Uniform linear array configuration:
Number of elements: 64
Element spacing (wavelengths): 1
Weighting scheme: hamming
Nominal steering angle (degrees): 30
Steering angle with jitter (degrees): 29.086
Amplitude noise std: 0.05
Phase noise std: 0.05

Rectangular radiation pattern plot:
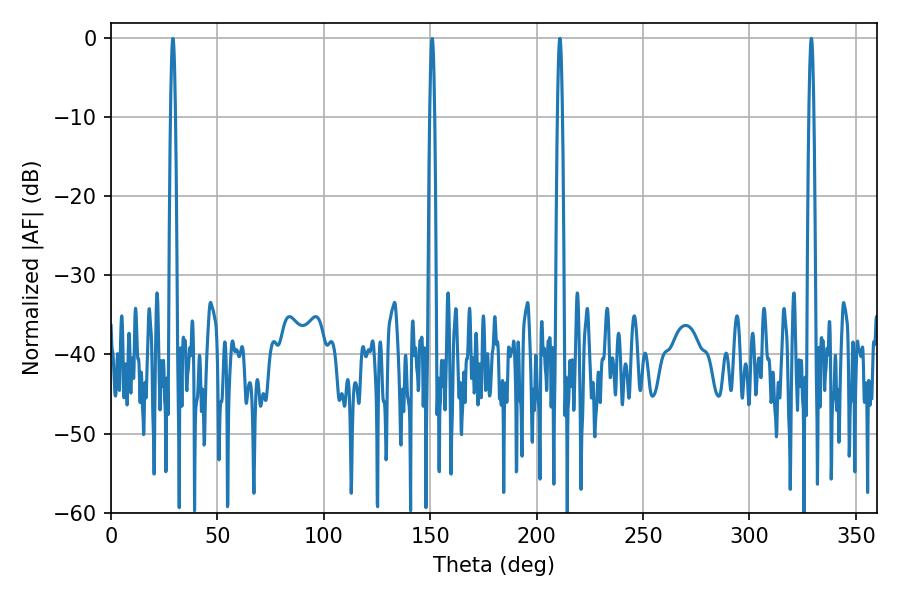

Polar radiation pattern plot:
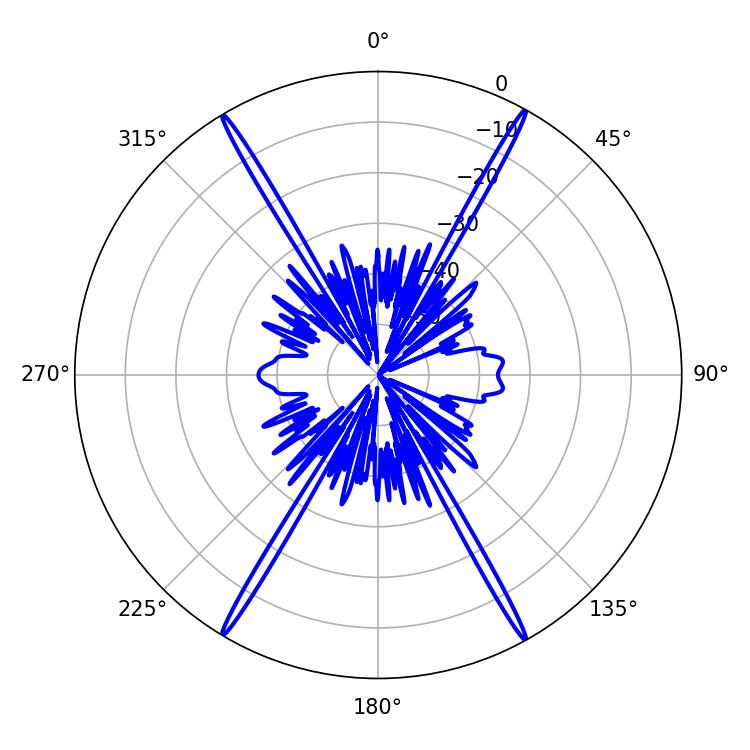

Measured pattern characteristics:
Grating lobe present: TRUE
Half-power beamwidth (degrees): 1.26
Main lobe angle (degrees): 329.04